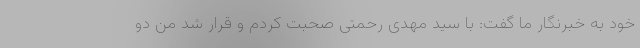
خود به خبرنگار ما گفت: با سید مهدی رحمتی صحبت کردم و قرار شد من دو